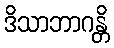
ဒိသာဘာဂန္တိ